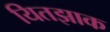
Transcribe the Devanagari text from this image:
यितझाक